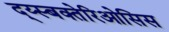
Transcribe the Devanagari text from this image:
द्य्स्बक्तेरिओसिस